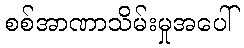
စစ်အာဏာသိမ်းမှုအပေါ်